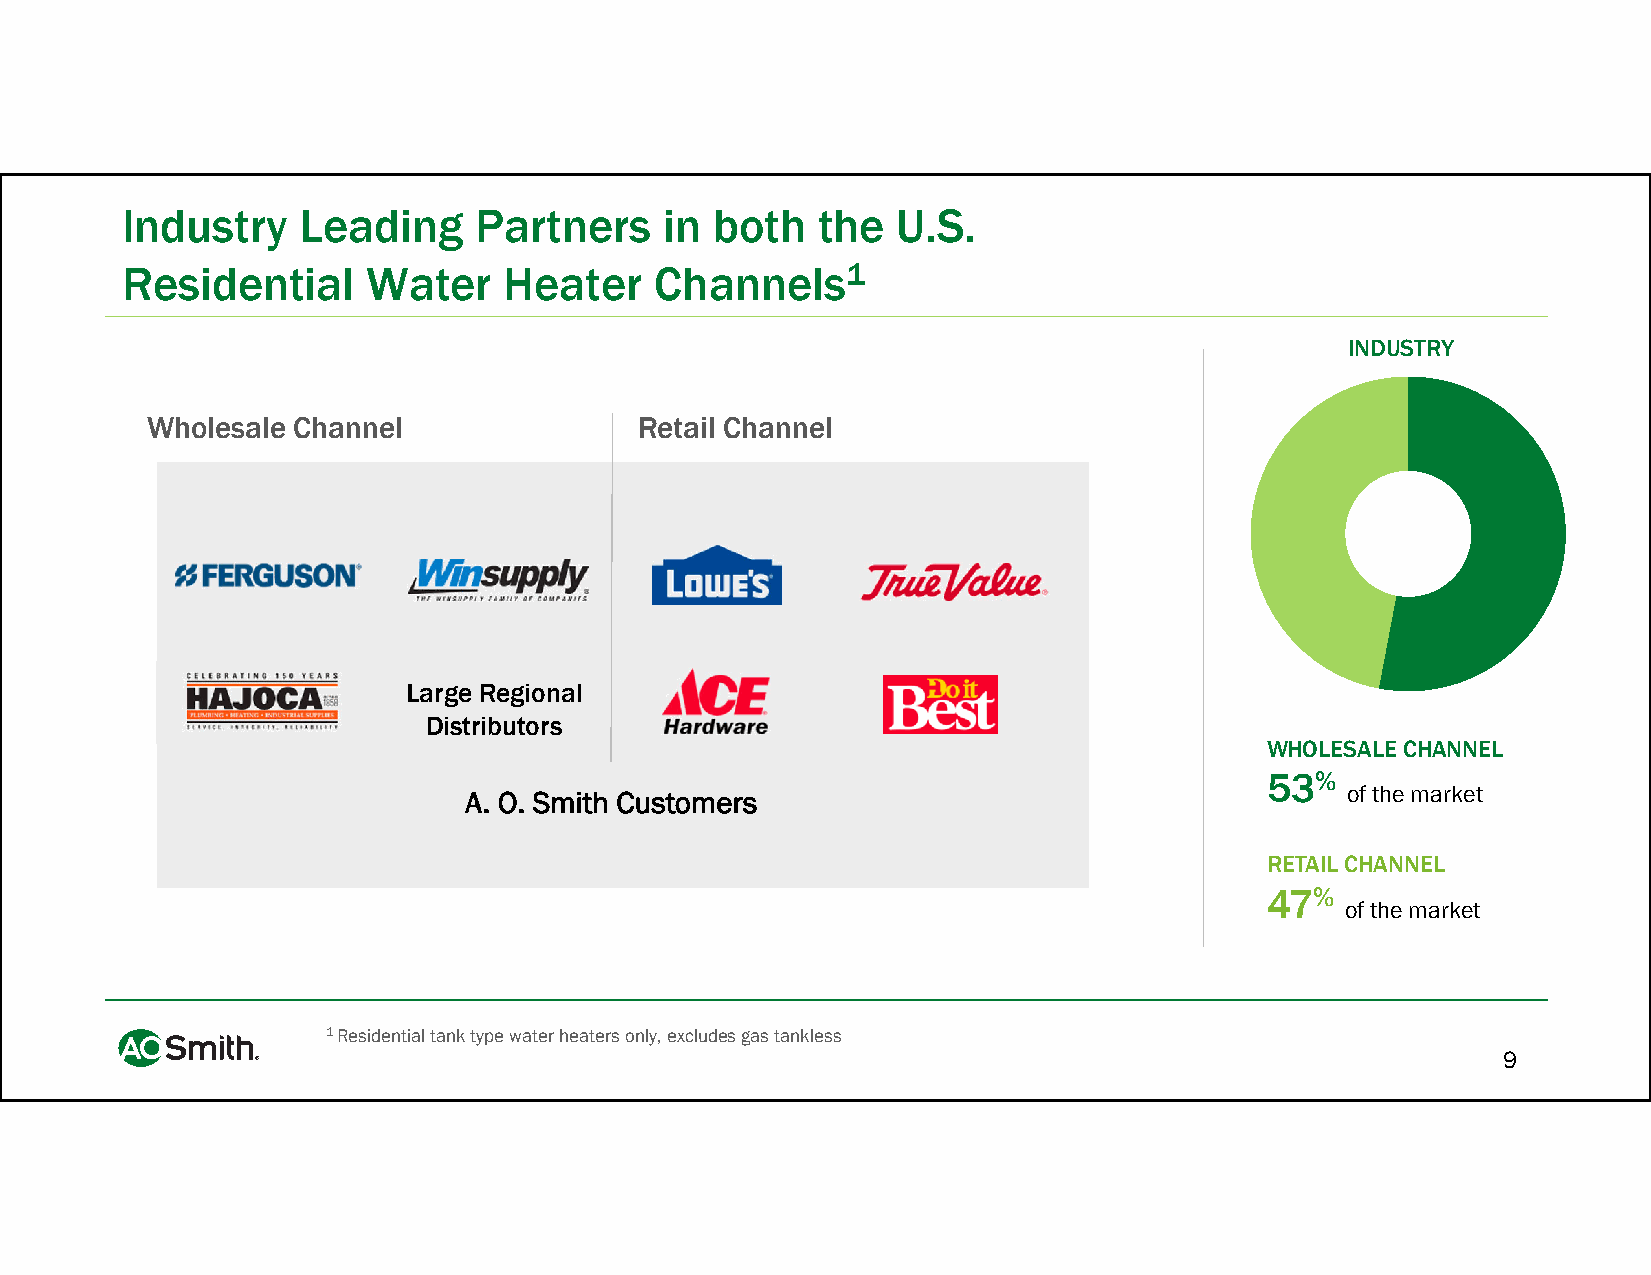
Industry    Leading     Partners    in both   the  U.S.
 Residential     Water    Heater    Channels1
 INDUSTRY
 Wholesale Channel               Retail Channel
 Large Regional
 Distributors
 WHOLESALE CHANNEL
 53%
 A. O. Smith Customers                                     of the market
 RETAIL CHANNEL
 47%
 of the market
 1 Residential tank type water heaters only, excludes gas tankless
 9